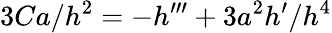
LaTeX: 3Ca/h^{2}=-h^{\prime\prime\prime}+3a^{2}h^{\prime}/h^{4}